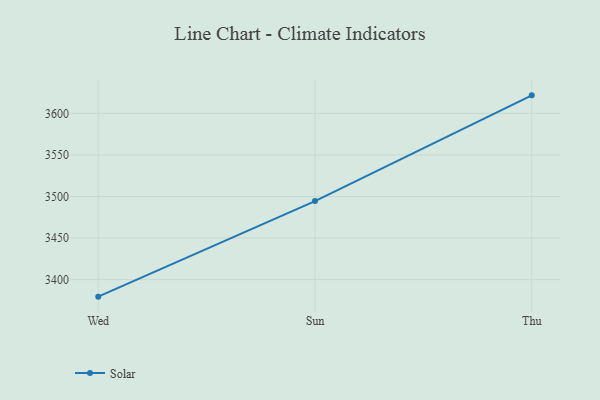
{"axis": {"x": "Day", "y": "Latency (ms)"}, "legend": ["Solar"], "data": [{"x": "Wed", "y": 3379.5, "type": "Solar"}, {"x": "Sun", "y": 3494.5, "type": "Solar"}, {"x": "Thu", "y": 3621.7, "type": "Solar"}]}